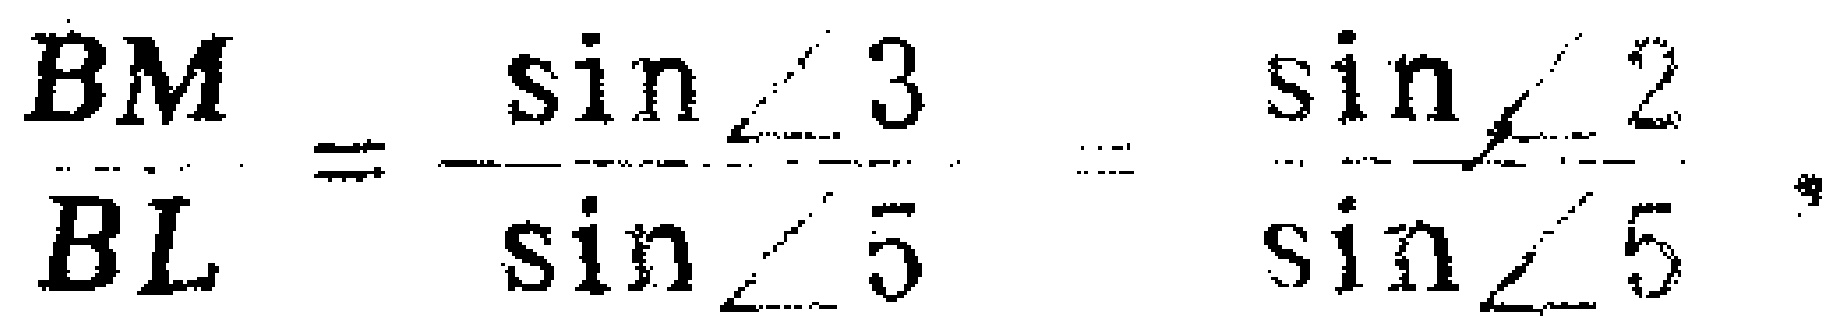
\(\frac{BM}{BL}=\frac{\sin\angle3}{\sin\angle5}=\frac{\sin\angle2}{\sin\angle5}\)